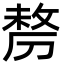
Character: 剺